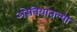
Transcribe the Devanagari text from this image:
अरेबियातल्या